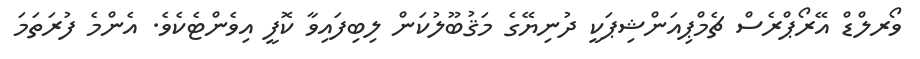
ވޯރލްޑް އޭރޯޕްރެސް ޗެމްޕިއަންޝިޕަކީ ދުނިޔޭގެ މަޤުބޫލުކަން ލިބިފައިވާ ކޮފީ އިވެންޓެކެވެ. އެންމެ ފުރަތަމަ